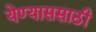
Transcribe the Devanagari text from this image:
येण्याससाठी